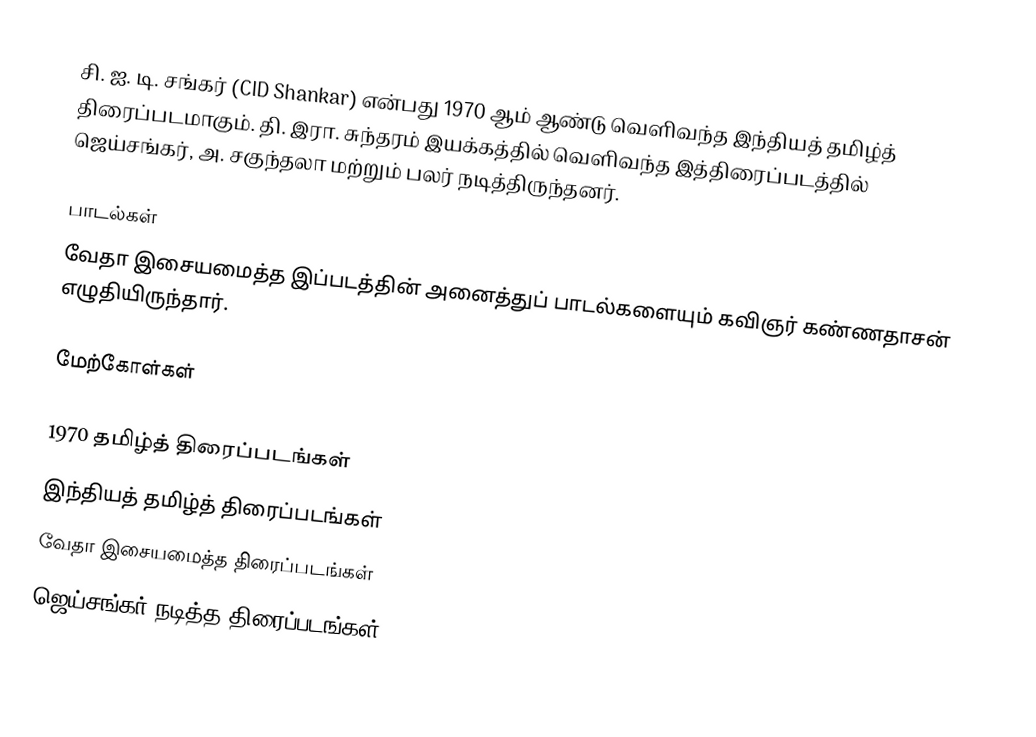
சி. ஐ. டி. சங்கர் (CID Shankar) என்பது 1970 ஆம் ஆண்டு வெளிவந்த இந்தியத் தமிழ்த் திரைப்படமாகும். தி. இரா. சுந்தரம் இயக்கத்தில் வெளிவந்த இத்திரைப்படத்தில் ஜெய்சங்கர், அ. சகுந்தலா மற்றும் பலர் நடித்திருந்தனர்.

பாடல்கள்
வேதா இசையமைத்த இப்படத்தின் அனைத்துப் பாடல்களையும் கவிஞர் கண்ணதாசன் எழுதியிருந்தார்.

மேற்கோள்கள்

1970 தமிழ்த் திரைப்படங்கள்
இந்தியத் தமிழ்த் திரைப்படங்கள்
வேதா இசையமைத்த திரைப்படங்கள்
ஜெய்சங்கர் நடித்த திரைப்படங்கள்